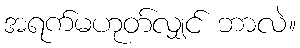
အရက်မဟုတ်လျှင် ဘာလဲ။